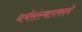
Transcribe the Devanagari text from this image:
धर्मसंस्थापकाने